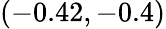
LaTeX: (-0.42,-0.4)